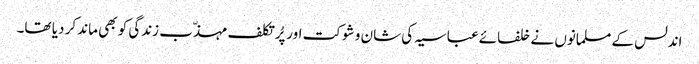
اندلس کے مسلمانوں نے خلفائے عباسیہ کی شان و شوکت اور پُرتکلف مہذّب زندگی کو بھی ماند کر دیا تھا۔